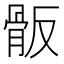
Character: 𩨩